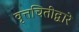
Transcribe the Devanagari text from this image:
वृत्तचितीद्वारे